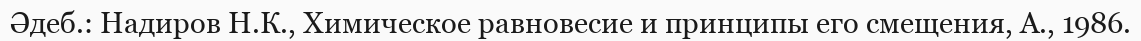
Әдеб.: Надиров Н.К., Химическое равновесие и принципы его смещения, А., 1986.